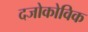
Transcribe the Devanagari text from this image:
दजोकोविक